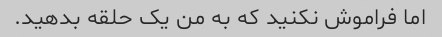
اما فراموش نکنید که به من یک حلقه بدهید.